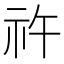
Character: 𥘪